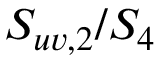
S _ { u v , 2 } / S _ { 4 }